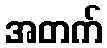
အတက်